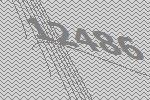
12486